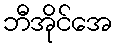
ဘီအိုင်အေ